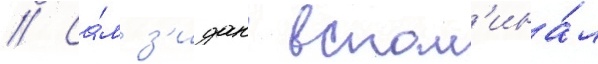
// Са́м з'идан вспом'ина́л